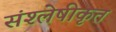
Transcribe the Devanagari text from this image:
संश्लेषीकृत